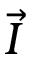
\vec { I }